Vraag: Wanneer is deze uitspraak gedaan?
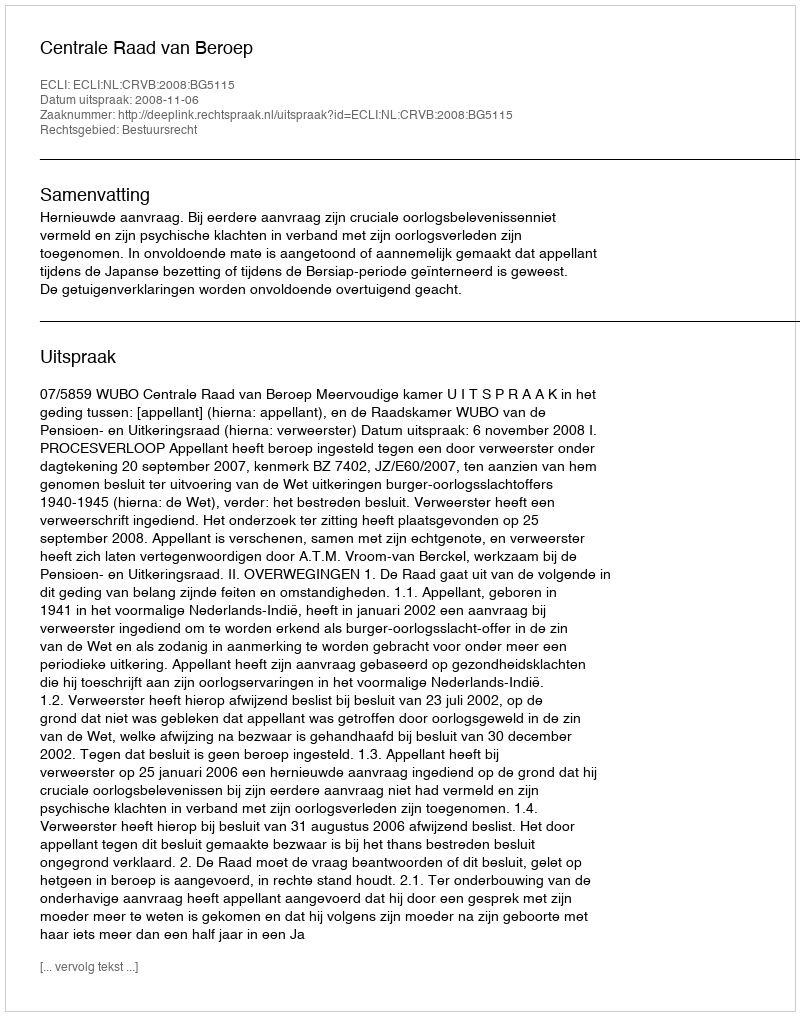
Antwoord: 2008-11-06